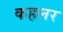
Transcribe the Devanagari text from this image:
कहलर